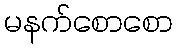
မနက်စောစော